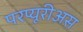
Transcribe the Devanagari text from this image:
परप्यूरीअस